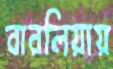
বারলিয়ায়